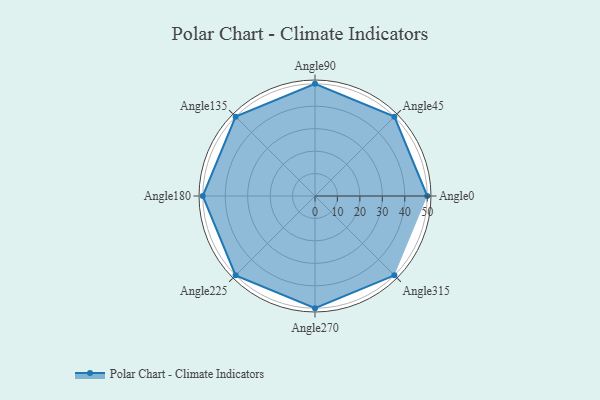
{"axis": {"x": "Angle", "y": "Radius"}, "legend": [""], "data": [{"x": "Angle0", "y": 50, "type": ""}, {"x": "Angle45", "y": 50, "type": ""}, {"x": "Angle90", "y": 50, "type": ""}, {"x": "Angle135", "y": 50, "type": ""}, {"x": "Angle180", "y": 50, "type": ""}, {"x": "Angle225", "y": 50, "type": ""}, {"x": "Angle270", "y": 50, "type": ""}, {"x": "Angle315", "y": 50, "type": ""}]}